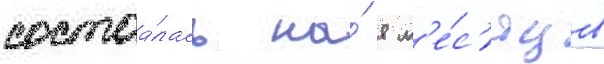
состоа́лась на́ 8 м'е́с'яцев